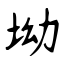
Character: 坳